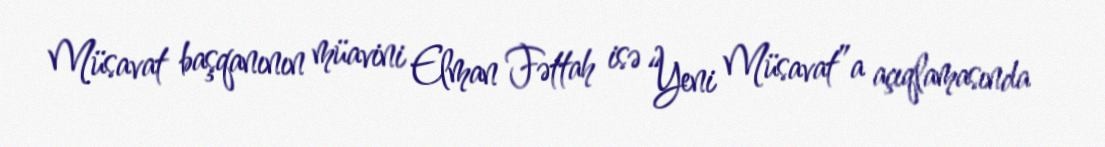
Müsavat başqanının müavini Elman Fəttah isə “Yeni Müsavat”a açıqlamasında